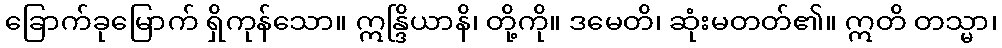
ခြောက်ခုမြောက် ရှိကုန်သော။ ဣန္ဒြိယာနိ၊ တို့ကို။ ဒမေတိ၊ ဆုံးမတတ်၏။ ဣတိ တသ္မာ၊